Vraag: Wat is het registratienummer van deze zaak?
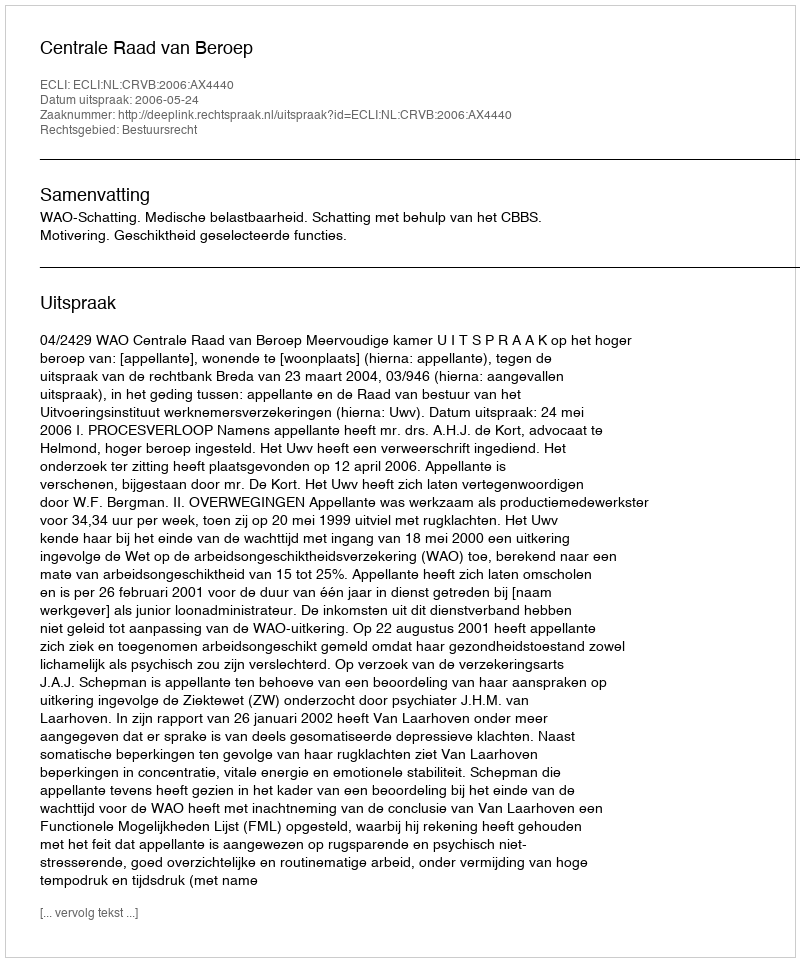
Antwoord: http://deeplink.rechtspraak.nl/uitspraak?id=ECLI:NL:CRVB:2006:AX4440